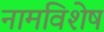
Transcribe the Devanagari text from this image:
नामविशेष